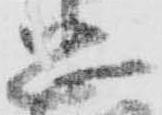
忠